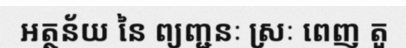
អត្ថន័យ នៃ ព្យញ្ជនៈ ស្រៈ ពេញ តួ